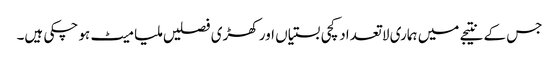
جس کے نتیجے میں ہماری لا تعداد کچی بستیاں اور کھڑی فصلیں ملیا میٹ ہو چکی ہیں۔